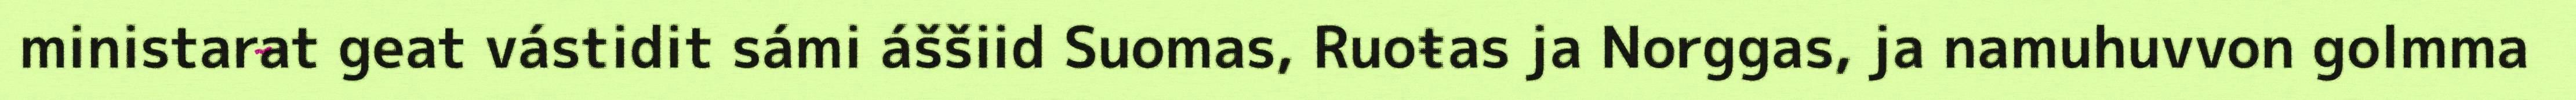
ministarat geat vástidit sámi áššiid Suomas, Ruoŧas ja Norggas, ja namuhuvvon golmma